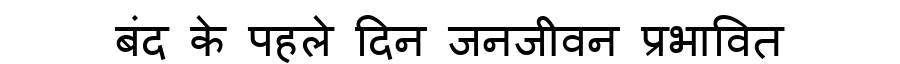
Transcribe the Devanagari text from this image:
बंद के पहले दिन जनजीवन प्रभावित